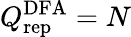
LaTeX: Q_{\mathrm{rep}}^{\mathrm{DFA}}=N